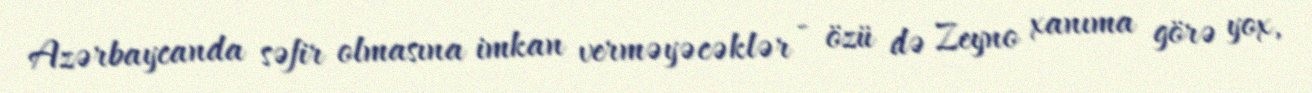
Azərbaycanda səfir olmasına imkan verməyəcəklər - özü də Zeyno xanıma görə yox,